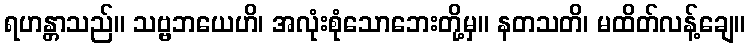
ရဟန္တာသည်။ သဗ္ဗဘယေဟိ၊ အလုံးစုံသောဘေးတို့မှ။ နတသတိ၊ မထိတ်လန့်ချေ။